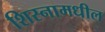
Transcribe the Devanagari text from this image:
शिस्नामधील